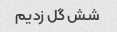
شش گل زدیم